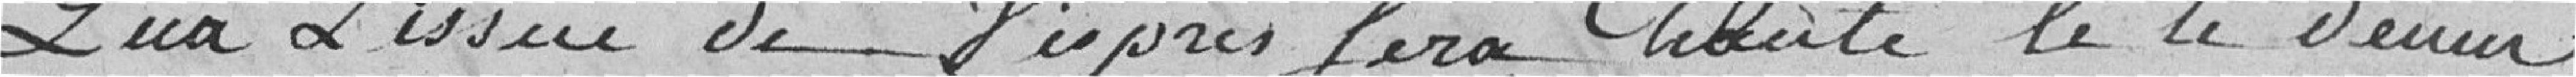
Qu'à l'issue de vêpres sera chanté le te deum